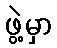
ဖွဲ့မှာ